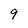
Character: 9